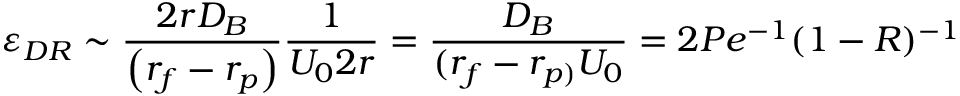
\varepsilon _ { D R } \sim \frac { 2 r D _ { B } } { \left( r _ { f } - r _ { p } \right) } \frac { 1 } { U _ { 0 } 2 r } = \frac { D _ { B } } { ( r _ { f } - r _ { p ) } U _ { 0 } } = 2 P e ^ { - 1 } ( 1 - R ) ^ { - 1 }